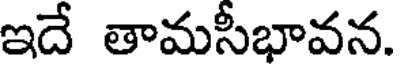
ఇదే తామసీభావన.